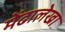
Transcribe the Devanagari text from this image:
मेंढालेखा